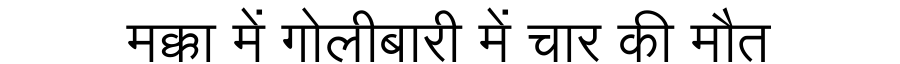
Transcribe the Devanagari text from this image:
मक्का में गोलीबारी में चार की मौत